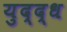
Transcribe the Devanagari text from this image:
युद्द्ध